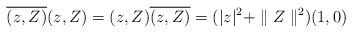
LaTeX: \begin{align*}\overline{(z,Z)} (z,Z)=(z,Z)\overline{(z,Z)}=(\vert z\vert^2+\parallel Z\parallel^2)(1,0)\end{align*}